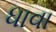
ધાવા